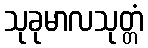
သုခုမာလသုတ္တံ